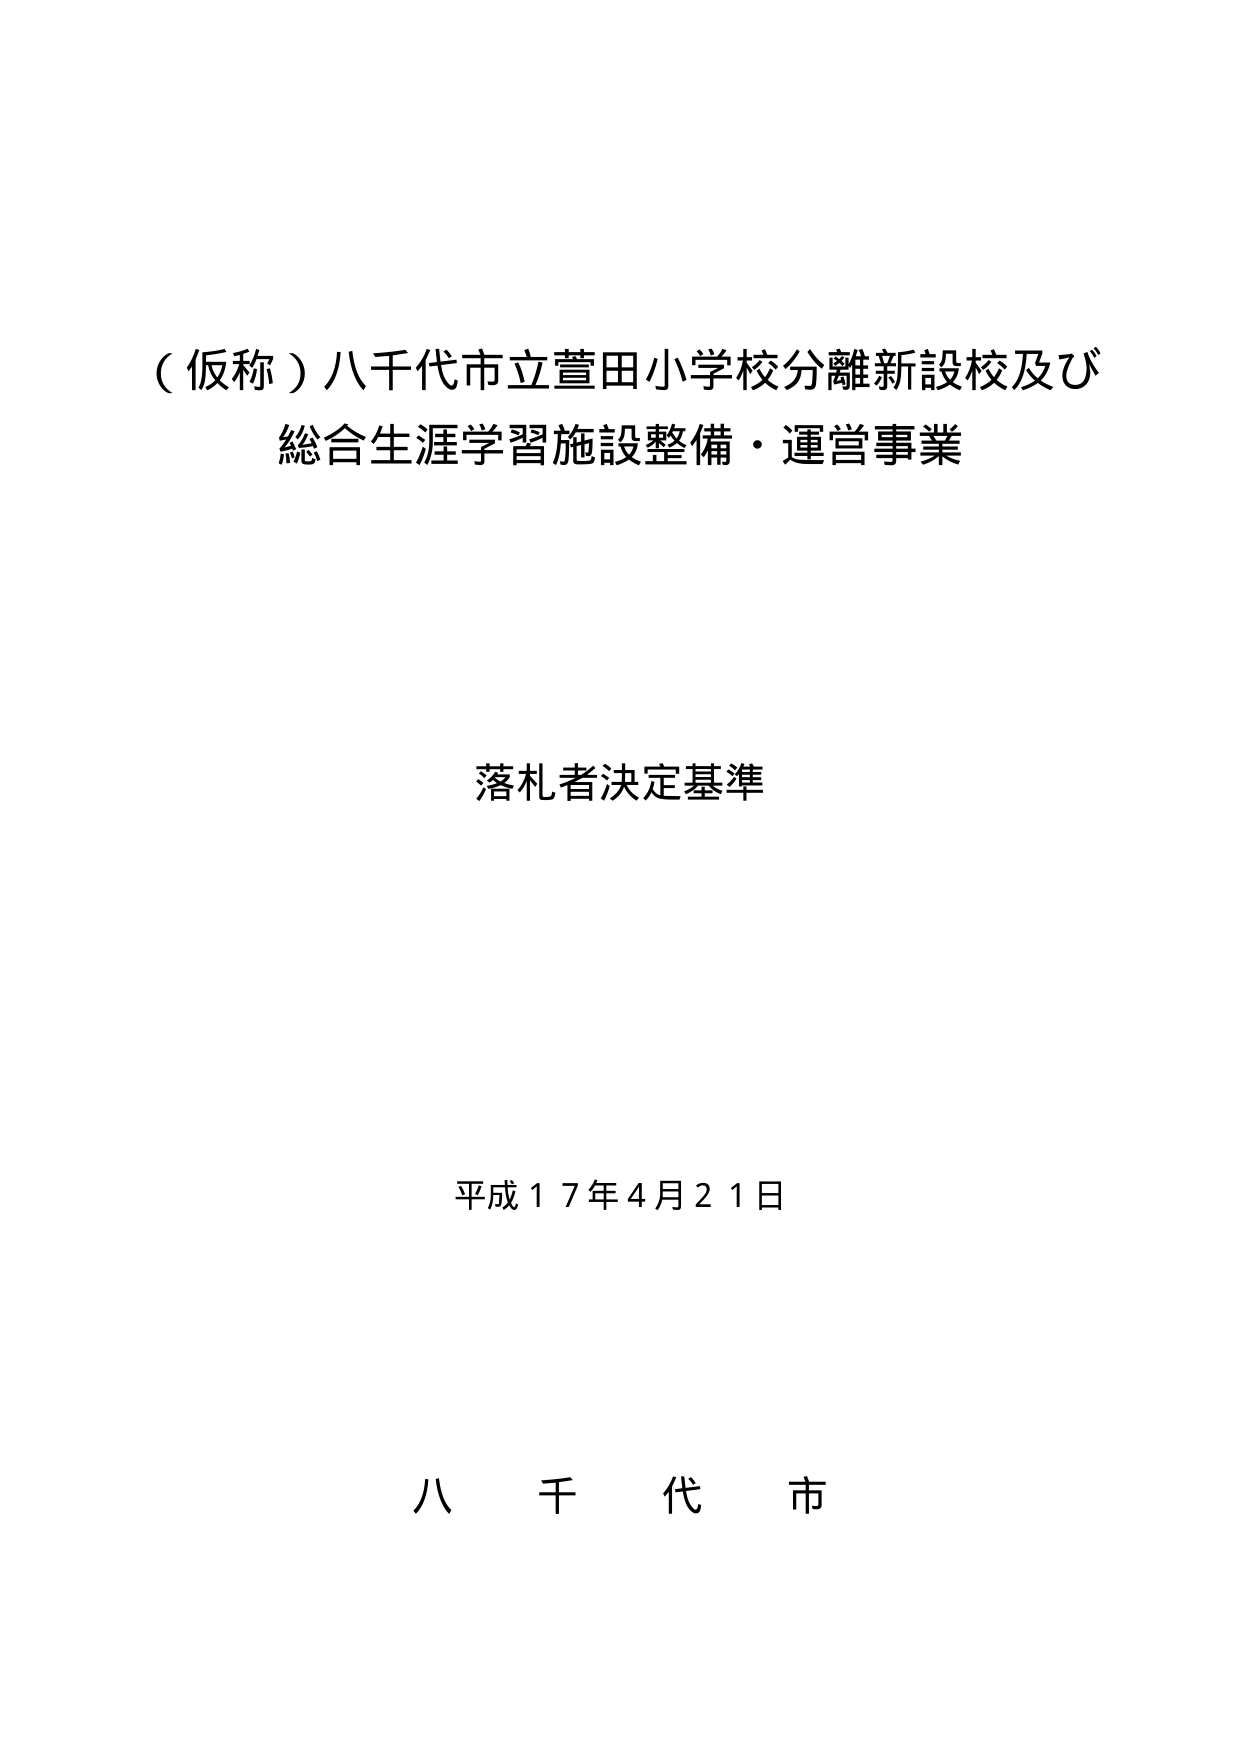
（仮称）八千代市立萱田小学校分離新設校及び
総合生涯学習施設整備・運営事業

落札者決定基準

平成１７年４月２１日

八 千 代 市